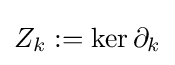
Z_{k}:=\ker \partial _{k}